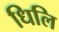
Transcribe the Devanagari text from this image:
धिलि